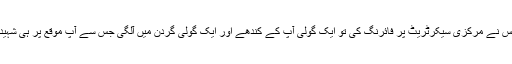
جب پولیس نے مرکزی سیکرٹریٹ پر فائرنگ کی تو ایک گولی آپ کے کندھے اور ایک گولی گردن میں آلگی جس سے آپ موقع پر ہی شہید ہوگئے۔